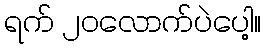
ရက် ၂၀လောက်ပဲပေါ့။